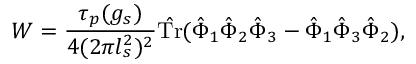
W = \frac { \tau _ { p } ( g _ { s } ) } { 4 ( 2 \pi l _ { s } ^ { 2 } ) ^ { 2 } } \hat { \mathrm { T r } } ( \hat { \Phi } _ { 1 } \hat { \Phi } _ { 2 } \hat { \Phi } _ { 3 } - \hat { \Phi } _ { 1 } \hat { \Phi } _ { 3 } \hat { \Phi } _ { 2 } ) ,